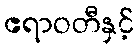
ဧရာဝတီနှင့်